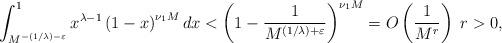
LaTeX: \begin{align*}\int_{M^{-(1/\lambda) - \varepsilon}}^1 x^{\lambda - 1} \left(1 - x\right)^{\nu_1 M} dx< \left(1 - \frac{1}{M^{(1 / \lambda) + \varepsilon}}\right)^{\nu_1 M}= O\left(\frac{1}{M^r}\right)\; r > 0,\end{align*}